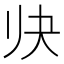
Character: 𱍬